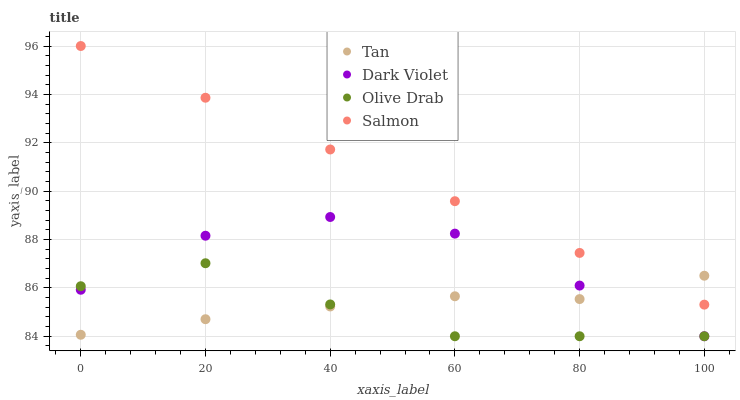
| xaxis_label | Tan | Dark Violet | Olive Drab | Salmon |
 | --- | --- | --- | --- | --- |
 | 0 | 84.1 | 85.9 | 86.1 | 96 |
 | 20 | 84.7 | 88.2 | 87 | 93.9 |
 | 40 | 85.2 | 88.9 | 85.3 | 91.7 |
 | 60 | 85.7 | 88.2 | 84 | 89.6 |
 | 80 | 85.5 | 86.1 | 84 | 87.4 |
 | 100 | 86.5 | 84 | 84 | 85.3 |